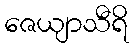
ဇေယျာသီရိ